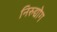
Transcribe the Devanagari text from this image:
निरुद्योग